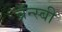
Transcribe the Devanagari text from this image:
ब्रॅन्स्बी